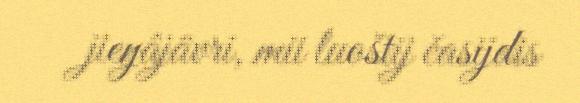
jieŋâjävri, mii luoštij časijdis